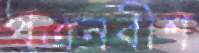
পত্রনবীশ